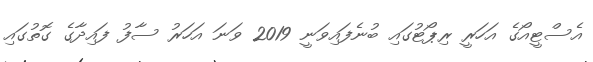
އެސްޓީއޯގެ އަހަރީ ރިޕޯޓުގައި ބުނެފައިވަނީ 2019 ވަނަ އަހަރު ސާފު ފައިދާގެ ގޮތުގައި